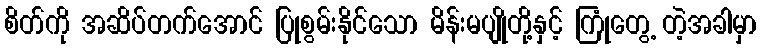
စိတ်ကို အဆိပ်တက်အောင် ပြုစွမ်းနိုင်သော မိန်းမပျိုတို့နှင့် ကြုံတွေ့ တဲ့အခါမှာ